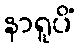
နာရူပိံ